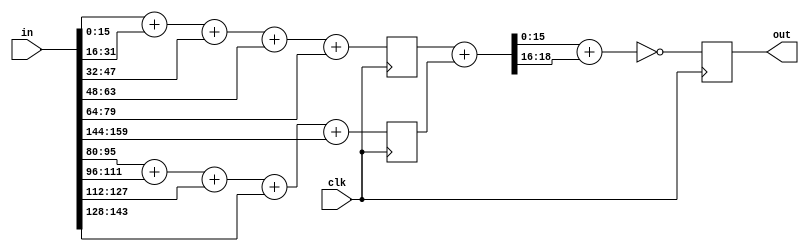

// Compute IP header checksum.  2 cycles of latency.
module ip_hdr_checksum
  (input clk, input [159:0] in, output reg [15:0] out);

   wire [18:0] padded [0:9];
   reg [18:0]  sum_a, sum_b;
   
   genvar     i;
   generate
      for(i=0 ; i<10 ; i=i+1)
	assign padded[i] = {3'b000,in[i*16+15:i*16]};
   endgenerate

   always @(posedge clk)  sum_a = padded[0] + padded[1] + padded[2] + padded[3] + padded[4];
   always @(posedge clk)  sum_b = padded[5] + padded[6] + padded[7] + padded[8] + padded[9];

   wire [18:0] sum = sum_a + sum_b;

   always @(posedge clk)
     out <= ~(sum[15:0] + {13'd0,sum[18:16]});
   
   
endmodule // ip_hdr_checksum